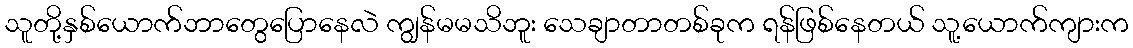
သူတို့နှစ်ယောက်ဘာတွေပြောနေလဲ ကျွန်မမသိဘူး သေချာတာတစ်ခုက ရန်ဖြစ်နေတယ် သူ့ယောက်ကျားက